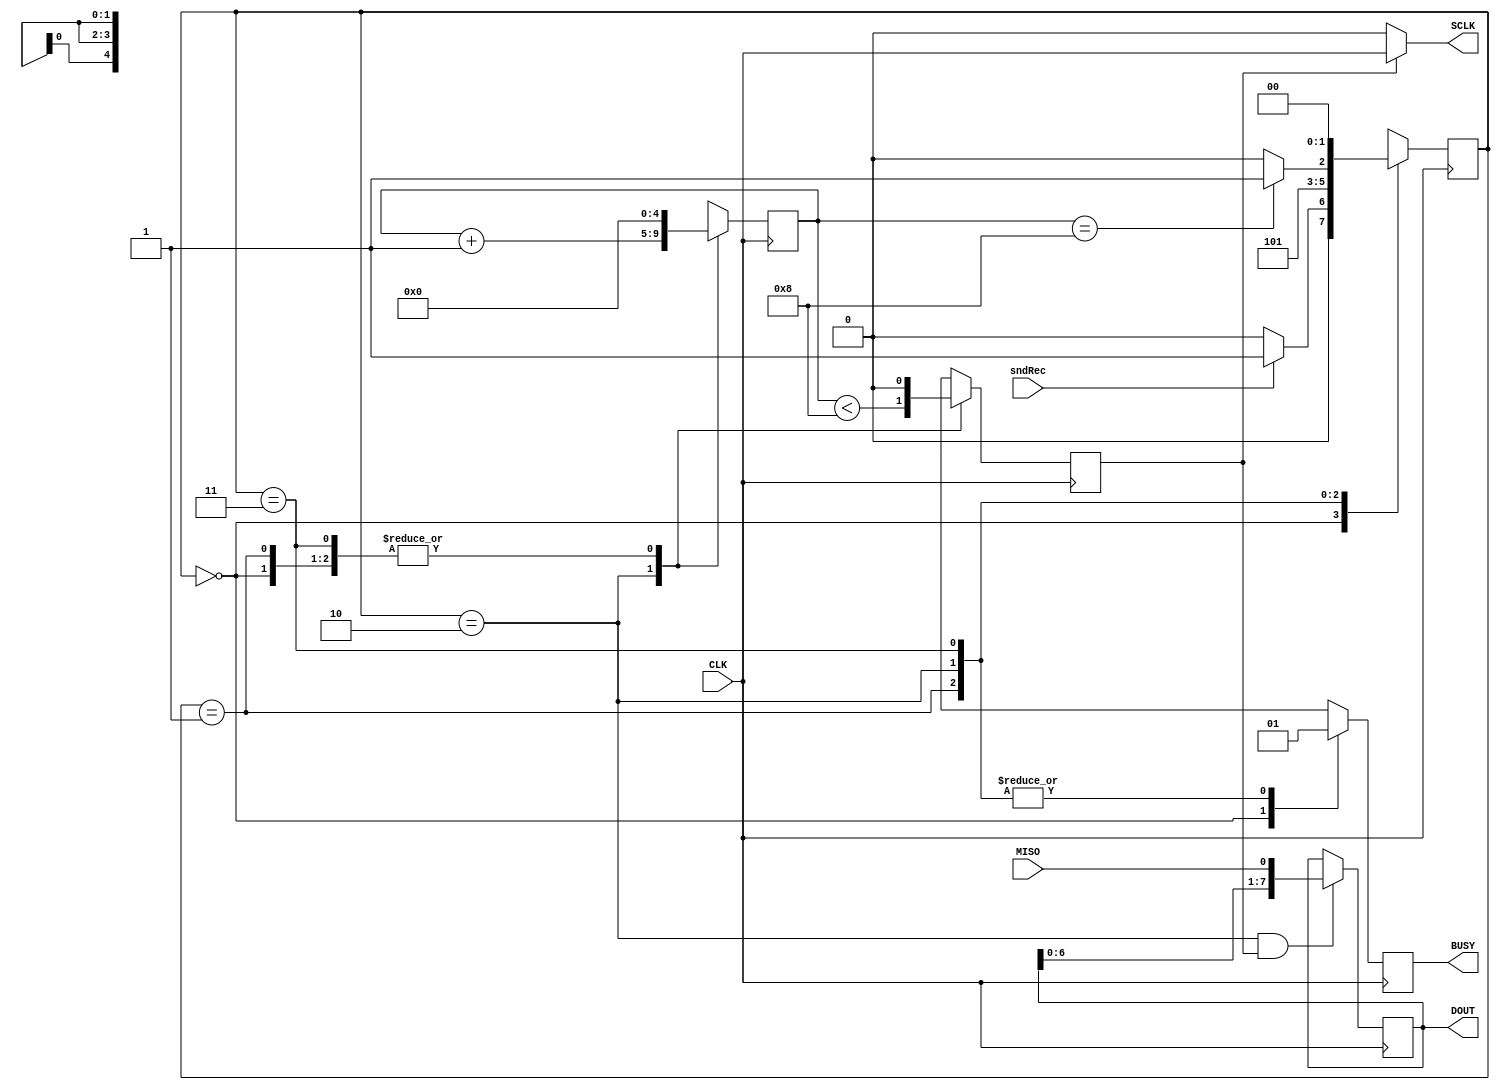
// When sndRec is 1, it begins reading bits from the joystick and to output a single byte
module joy_interface(
	input CLK, //66.67kHz
	input sndRec,
	input MISO,
    output SCLK,
	output reg BUSY,
	output [7:0] DOUT
);

reg [4:0] bitCount;
reg [7:0] rSR = 0;
reg [7:0] wSR = 0;
reg [1:0] pState = 0;

reg CE = 0;
assign SCLK = (CE == 1'b1) ? CLK : 1'b0;
assign DOUT = rSR;
	

//Write to read-shift-register
always @(posedge CLK)
begin
	if (pState == 2 && CE)
		rSR <= {rSR[6:0], MISO};
end

always @(negedge CLK)
begin
	case (pState)		
		// Idle
		0 : begin
			CE <= 0;
			BUSY <= 0;
			bitCount <= 0;
			pState <= sndRec ? 1 : 0;
		end

		// Init
		1 : begin
			BUSY <= 1;
			bitCount <= 0;
			CE <= 0;
			pState <= 2;
		end

		// RxTx
		2 : begin
			BUSY <= 1;
			bitCount <= bitCount + 1;
			CE <= (bitCount < 8);
			pState <= bitCount == 8 ? 3 : 2;
		end

		// Done
		3 : begin
			CE <= 0;
			BUSY <= 1;
			bitCount <= 0;
			pState <= 0;
		end
	endcase
end

endmodule